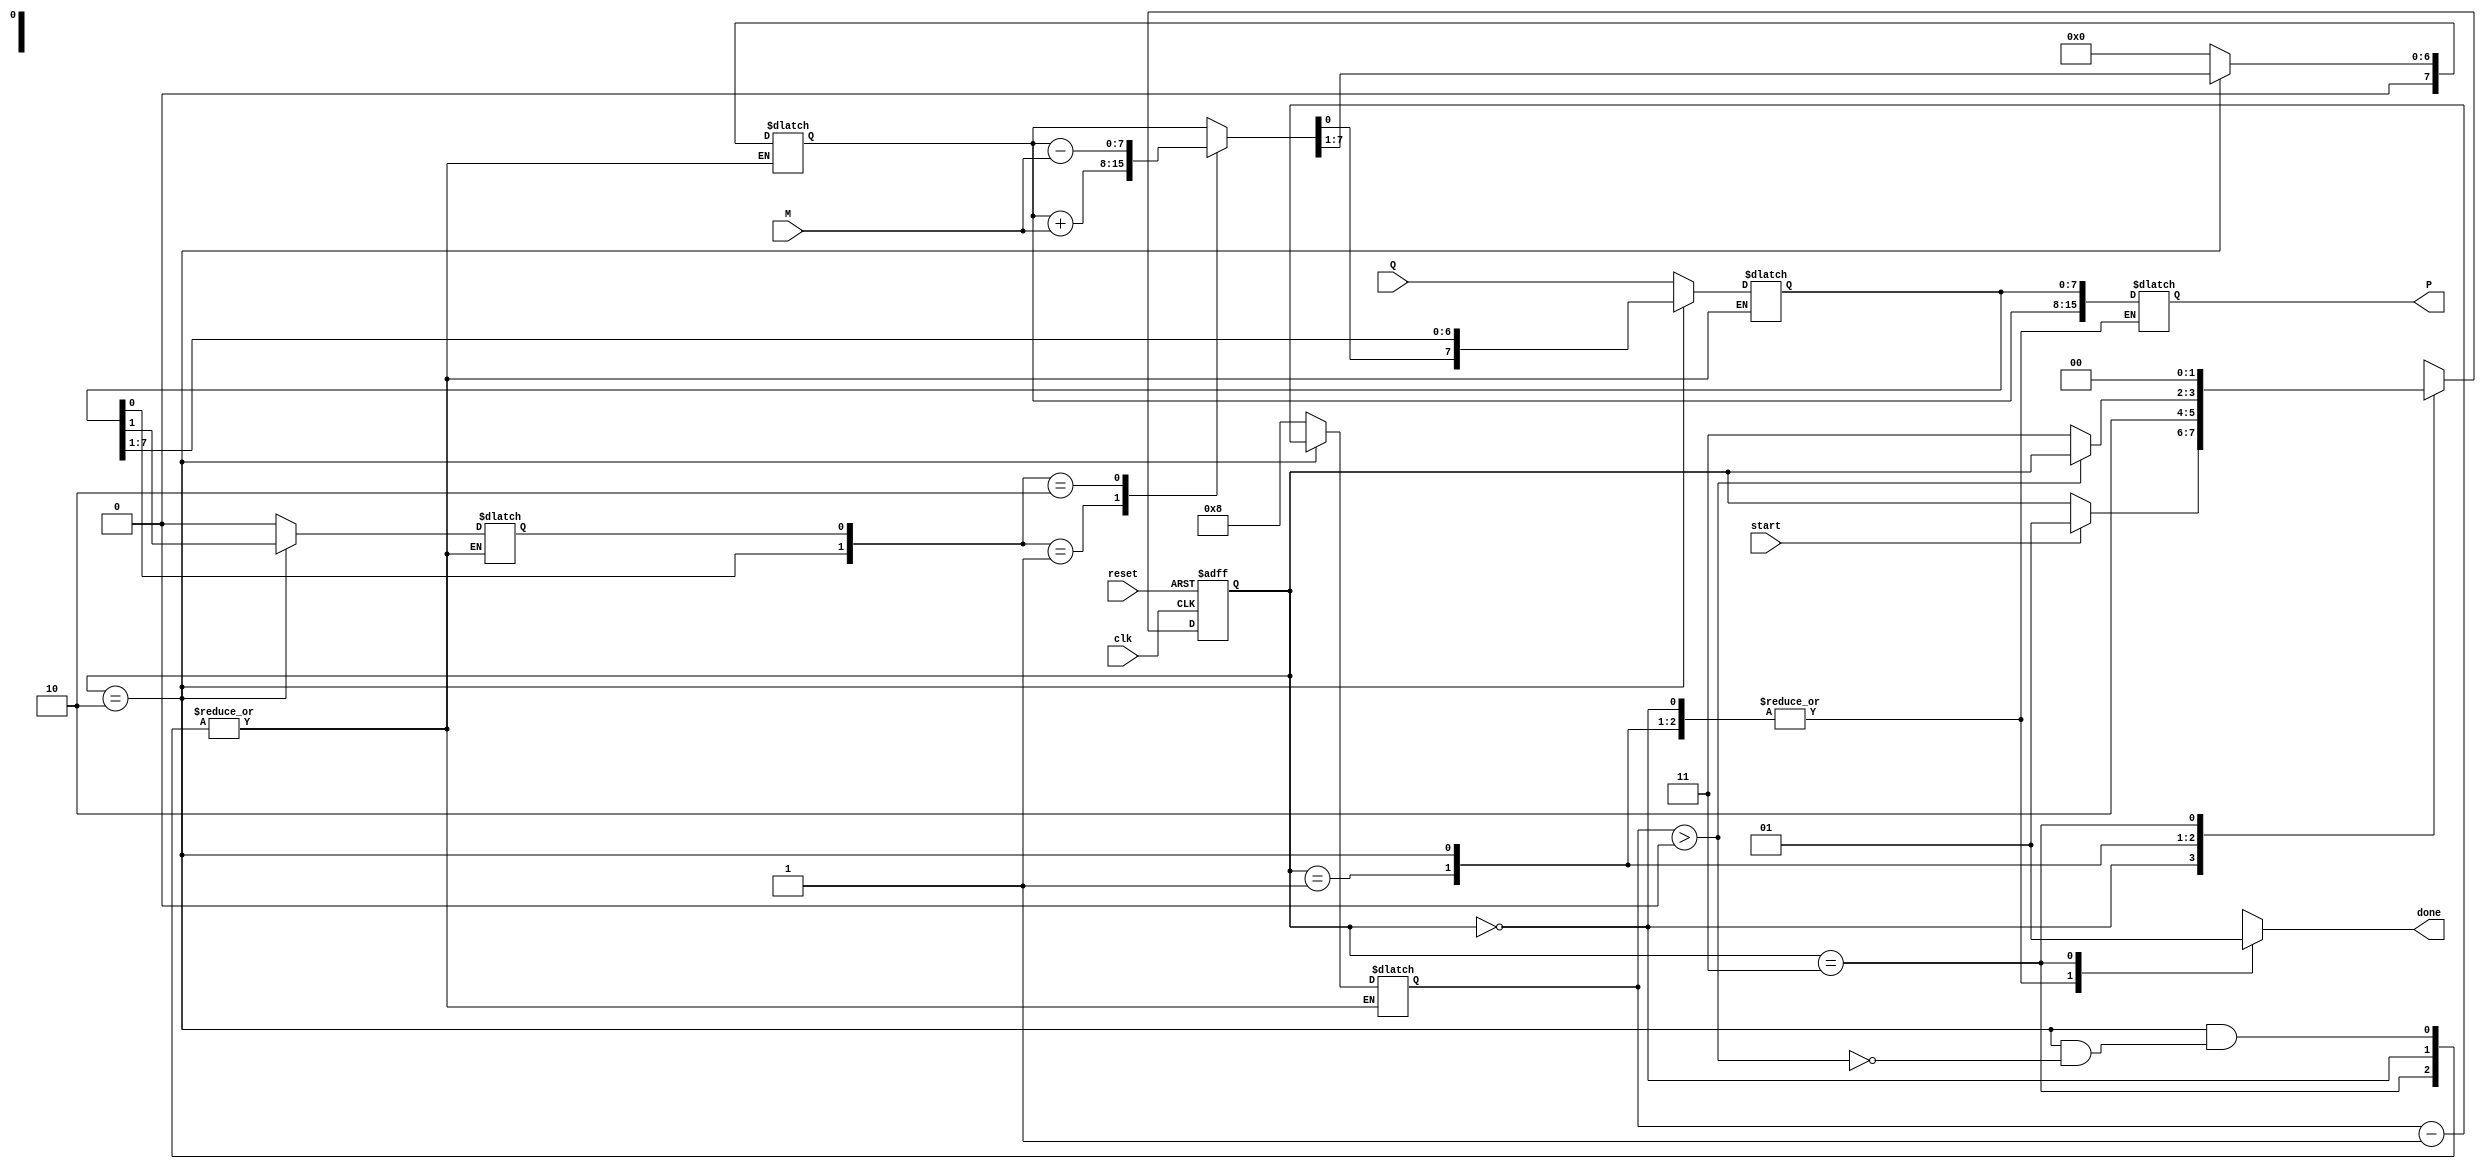
module booth_multiplier #(parameter N = 8) (
    input wire clk,
    input wire reset,
    input wire start,
    input wire signed [N-1:0] M, // Multiplicand
    input wire signed [N-1:0] Q, // Multiplier
    output reg signed [2*N-1:0] P, // Product
    output reg done // Done signal
);

    reg signed [N-1:0] A; // Accumulator
    reg signed [N-1:0] Q_reg; // Multiplier register
    reg Q_1; // Previous LSB of Q
    reg [3:0] count; // Iteration counter

    // State encoding
    localparam IDLE = 2'b00,
               INIT = 2'b01,
               EXECUTE = 2'b10,
               DONE = 2'b11;

    reg [1:0] state, next_state;

    // Sequential logic for state transitions
    always @(posedge clk or posedge reset) begin
        if (reset) begin
            state <= IDLE;
        end else begin
            state <= next_state;
        end
    end

    // Combinational logic for next state and outputs
    always @(*) begin
        next_state = state;
        done = 0;
        case (state)
            IDLE: begin
                if (start) begin
                    next_state = INIT;
                end
            end
            INIT: begin
                A = 0;
                Q_reg = Q;
                Q_1 = 0;
                count = N; // Set count to number of bits
                next_state = EXECUTE;
            end
            EXECUTE: begin
                if (count > 0) begin
                    // Booth's algorithm logic
                    case ({Q_reg[0], Q_1})
                        2'b01: A = A + M; // A = A + M
                        2'b10: A = A - M; // A = A - M
                        default: ; // No operation
                    endcase

                    // Arithmetic right shift
                    {A, Q_reg} = {A, Q_reg} >> 1;
                    Q_1 = Q_reg[0]; // Update Q-1
                    count = count - 1; // Decrement count
                end else begin
                    next_state = DONE;
                end
            end
            DONE: begin
                P = {A, Q_reg}; // Concatenate A and Q for final product
                done = 1; // Set done signal
                next_state = IDLE; // Go back to IDLE
            end
        endcase
    end

endmodule